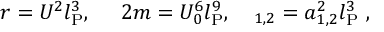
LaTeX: r = U ^ { 2 } l _ { \mathrm { P } } ^ { 3 } , \ \ \ \ 2 m = U _ { 0 } ^ { 6 } l _ { \mathrm { P } } ^ { 9 } , \ \ \ \l _ { 1 , 2 } = a _ { 1 , 2 } ^ { 2 } l _ { \mathrm { P } } ^ { 3 } \ ,